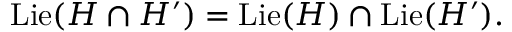
\operatorname { L i e } ( H \cap H ^ { \prime } ) = \operatorname { L i e } ( H ) \cap \operatorname { L i e } ( H ^ { \prime } ) .